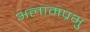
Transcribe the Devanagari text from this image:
अलामप्रभु